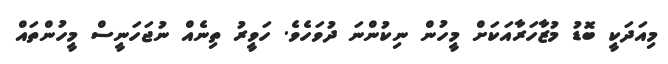
މިއަދަކީ ބޮޑު މުޒާހަރާއަކަށް މީހުން ނިކުންނަ ދުވަހެވެ. ހަވީރު ތިނެއް ނުޖަހަނީސް މީހުންތައް